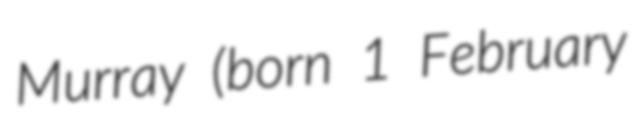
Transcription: Murray (born 1 February